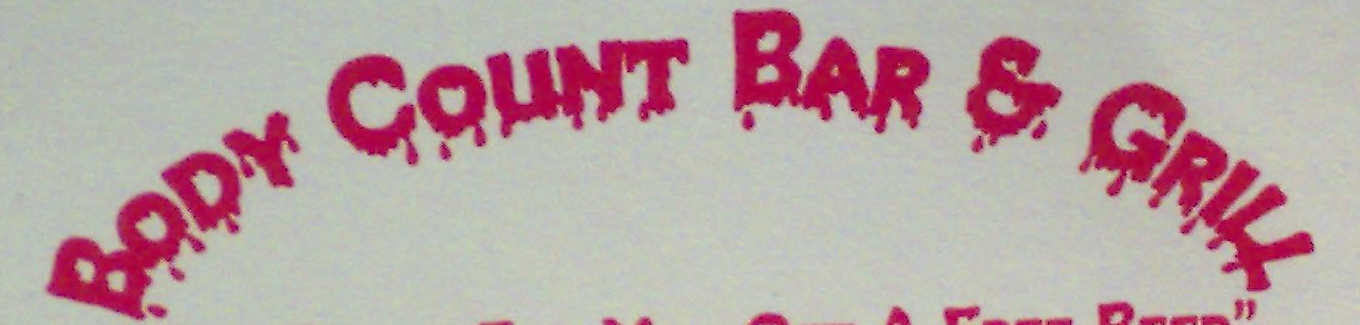
BODY COUNT BAR E GRILL